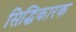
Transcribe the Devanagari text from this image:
सिद्धिकारक